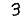
Digit: 3